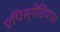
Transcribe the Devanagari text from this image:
एपिस्पेडियास